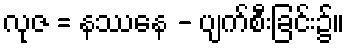
လုဇ = နဿနေ - ပျက်စီးခြင်း၌။